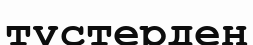
түстерден